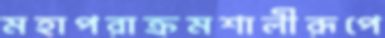
মহাপরাক্রমশালীরূপে